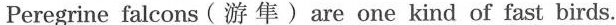
Peregrine falcons (游隼)are one kind of fast birds.